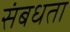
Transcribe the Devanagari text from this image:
संबधता